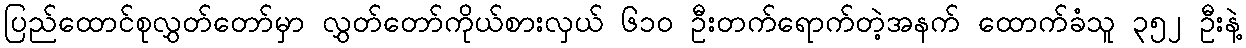
ပြည်ထောင်စုလွှတ်တော်မှာ လွှတ်တော်ကိုယ်စားလှယ် ၆၁၀ ဦးတက်ရောက်တဲ့အနက် ထောက်ခံသူ ၃၅၂ ဦးနဲ့